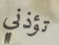
تؤذني